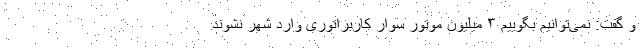
و گفت: نمی‌توانیم بگوییم ۳ میلیون موتور سوار کاربراتوری وارد شهر نشوند